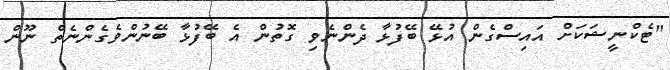
"ޓެކްނީޝަކަށް އައިސްގެން އުޅޭ ބޭފުޅާ ދެންނެވި ގޮތުން އެ ބޭފުޅާ ބޭނުންވެގެންނެތް ނޫން